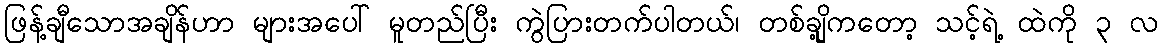
ဖြန့်ချီသောအချိန်ဟာ များအပေါ် မူတည်ပြီး ကွဲပြားတက်ပါတယ်၊ တစ်ချို့ကတော့ သင့်ရဲ့ ထဲကို ၃ လ